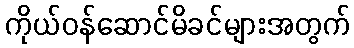
ကိုယ်ဝန်ဆောင်မိခင်များအတွက်